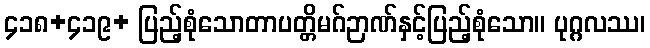
၄၁၈+၄၁၉+ ပြည့်စုံသောတာပတ္တိမဂ်ဉာဏ်နှင့်ပြည့်စုံသော။ ပုဂ္ဂလဿ၊